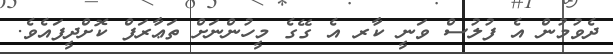
ދެވުމުން އެ ފުލުސް ވަނީ ކާރ އެ ގޭގެ މީހުންނަށް ތަޢާރަފް ކޮށްދީފައެވެ.